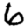
Digit: 6